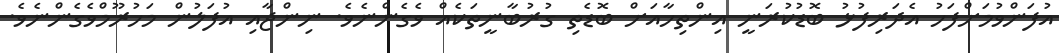
އުފަންވުމަށްފަހު އެދަރިފުޅު ބޮޑުކުރަނީ އިންތިހާއަށް ބޮޑެތި ގުރުބާނީތަކެއް ވެގެންނެވެ. ނިންޖާއި އުފަލުން މަހުރޫމްވެގެންނެވެ.